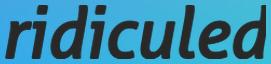
ridiculed